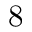
8